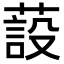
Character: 蔎